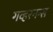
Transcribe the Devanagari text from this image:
गव्हरनन्स